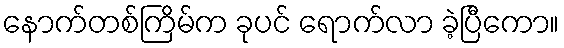
နောက်တစ်ကြိမ်က ခုပင် ရောက်လာ ခဲ့ပြီကော။